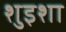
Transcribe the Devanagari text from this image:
शुइशा